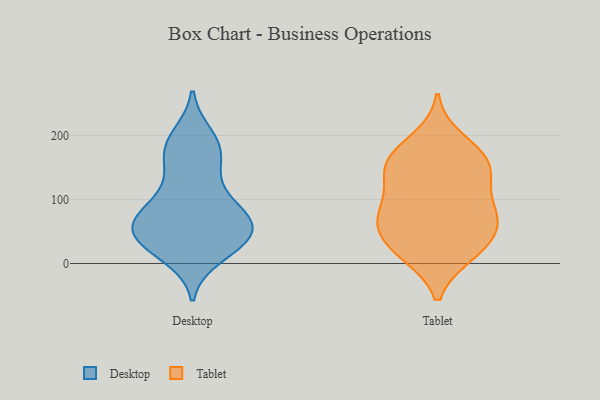
{"axis": {"x": "Demand Index", "y": "Value"}, "legend": ["Desktop", "Tablet"], "data": [{"x": "", "y": 70, "type": "Desktop"}, {"x": "", "y": 30, "type": "Desktop"}, {"x": "", "y": 198, "type": "Desktop"}, {"x": "", "y": 65, "type": "Desktop"}, {"x": "", "y": 182, "type": "Desktop"}, {"x": "", "y": 13, "type": "Desktop"}, {"x": "", "y": 33, "type": "Desktop"}, {"x": "", "y": 151, "type": "Desktop"}, {"x": "", "y": 97, "type": "Desktop"}, {"x": "", "y": 34, "type": "Desktop"}, {"x": "", "y": 126, "type": "Desktop"}, {"x": "", "y": 53, "type": "Desktop"}, {"x": "", "y": 185, "type": "Desktop"}, {"x": "", "y": 173, "type": "Desktop"}, {"x": "", "y": 77, "type": "Desktop"}, {"x": "", "y": 72, "type": "Desktop"}, {"x": "", "y": 46, "type": "Desktop"}, {"x": "", "y": 34, "type": "Desktop"}, {"x": "", "y": 75, "type": "Desktop"}, {"x": "", "y": 77, "type": "Tablet"}, {"x": "", "y": 66, "type": "Tablet"}, {"x": "", "y": 194, "type": "Tablet"}, {"x": "", "y": 51, "type": "Tablet"}, {"x": "", "y": 134, "type": "Tablet"}, {"x": "", "y": 153, "type": "Tablet"}, {"x": "", "y": 158, "type": "Tablet"}, {"x": "", "y": 165, "type": "Tablet"}, {"x": "", "y": 94, "type": "Tablet"}, {"x": "", "y": 15, "type": "Tablet"}, {"x": "", "y": 18, "type": "Tablet"}, {"x": "", "y": 51, "type": "Tablet"}, {"x": "", "y": 14, "type": "Tablet"}, {"x": "", "y": 60, "type": "Tablet"}, {"x": "", "y": 131, "type": "Tablet"}, {"x": "", "y": 94, "type": "Tablet"}, {"x": "", "y": 169, "type": "Tablet"}]}